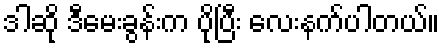
ဒါဆို ဒီမေးခွန်းက ပိုပြီး လေးနက်ပါတယ်။